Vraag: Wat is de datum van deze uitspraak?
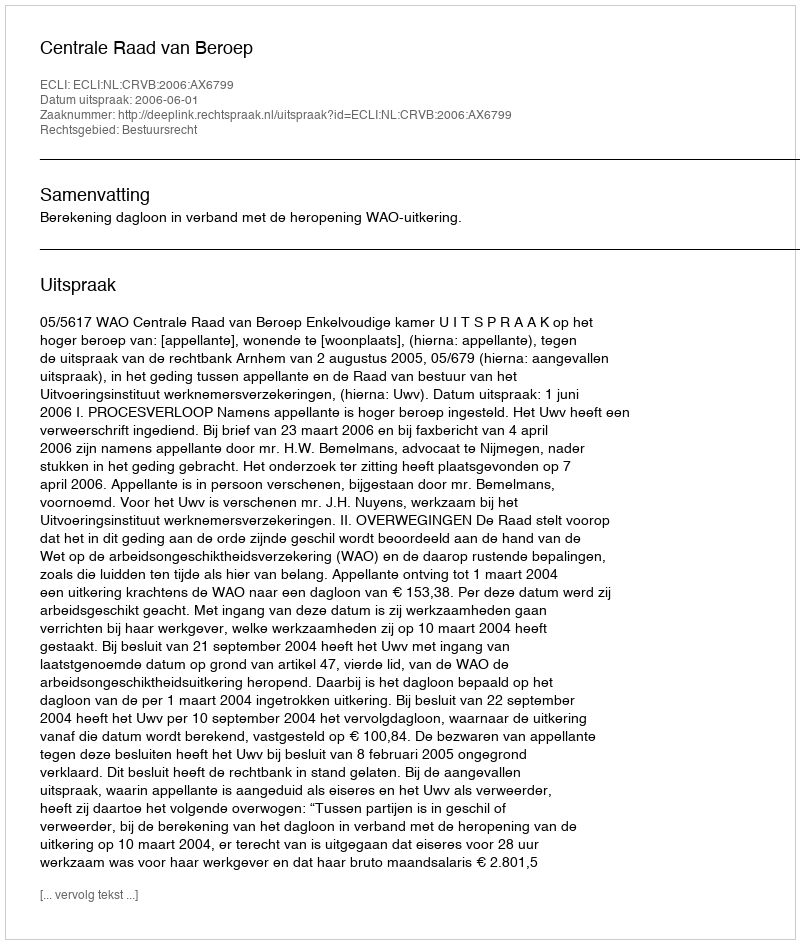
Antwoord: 2006-06-01